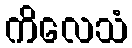
ကိလေသံ